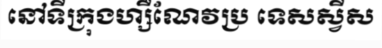
នៅទីក្រុងហ្សឺណែវប្រ ទេសស្វីស